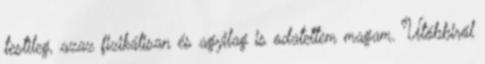
testileg, azaz fizikálisan és agyilag is odatettem magam. Utóbbiról